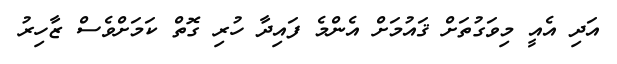
އަދި އެއީ މިވަގުތަށް ޤައުމަށް އެންމެ ފައިދާ ހުރި ގޮތް ކަމަށްވެސް ޒާހިރު